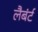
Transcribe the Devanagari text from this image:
लैबंर्ट